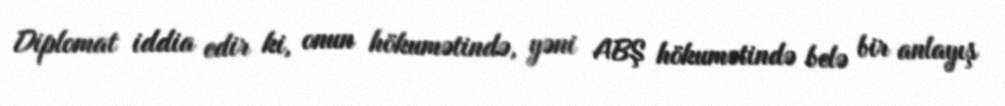
Diplomat iddia edir ki, onun hökumətində, yəni ABŞ hökumətində belə bir anlayış